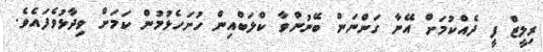
ރިލީޒް ފީ ދެއްކުމަށް އޭނާ ގަންނަން ބޭނުންވާ ކްލަބްއިން ހުށަހެޅުމުން ކަމަށް ވިދާޅުވެފައެވެ.